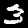
Digit: 3